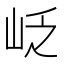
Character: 𡶉